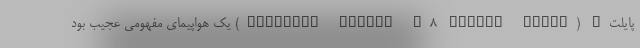
پایلت" (Gloster Meteor F8 "Prone Pilot") یک هواپیمای مفهومی عجیب بود